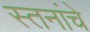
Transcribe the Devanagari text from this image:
स्तनांचे